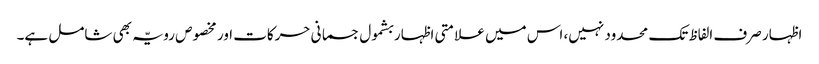
اظہار صرف الفاظ تک محدود نہیں، اس میں علامتی اظہار بشمول جسمانی حرکات اور مخصوص رویّہ بھی شامل ہے۔